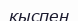
қыспен